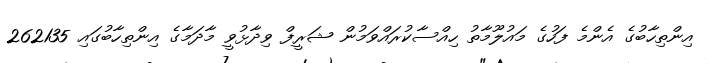
އިންތިހާބުގެ އެންމެ ފަހުގެ މައުލޫމާތު ހިއްސާކުރައްވަމުން ޝަރީފް ވިދާޅުވީ މާދަމާގެ އިންތިހާބުގައި 262135